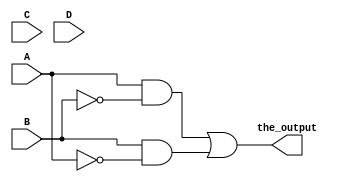
module my_first_circuit(the_output,A,B,C,D);
  
	input A, B, C, D ;
	output the_output;

	wire wire_not_b, wire_not_a, wire_3, wire_4;

	and gate_and_1(wire_3, A, wire_not_b);
	not gate_not_1(wire_not_b, B);
	or gate_or(the_output, wire_3, wire_4);
	not gate_not_2(wire_not_a, A);
	and gate_and_2(wire_4, B, wire_not_a);

endmodule